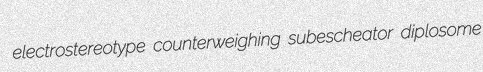
electrostereotype counterweighing subescheator diplosome